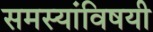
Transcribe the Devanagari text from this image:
समस्यांविषयी